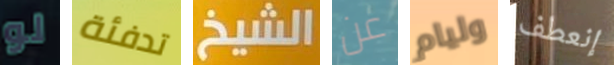
لو تدفئة الشيخ عن وليام إنعطف